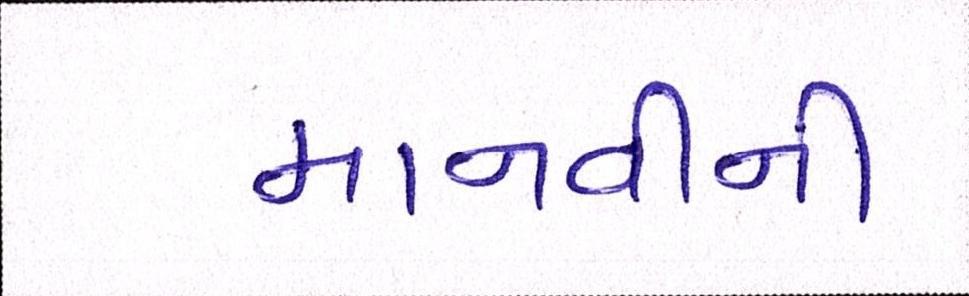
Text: માનવીની